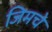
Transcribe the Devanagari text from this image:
जिमचे